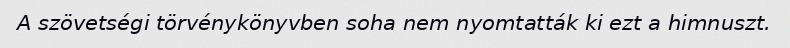
A szövetségi törvénykönyvben soha nem nyomtatták ki ezt a himnuszt.